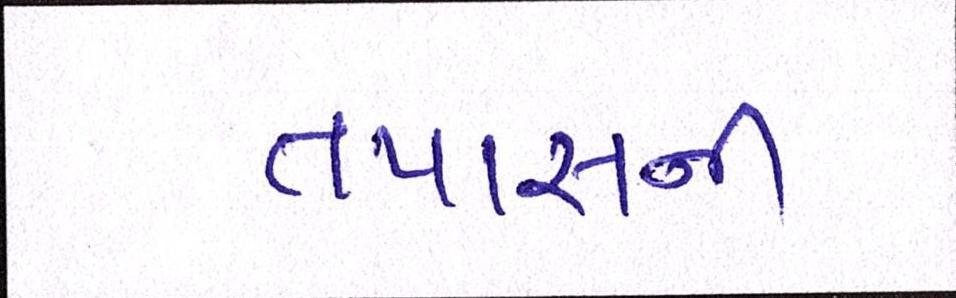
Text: તપાસની